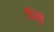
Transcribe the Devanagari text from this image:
प्रिष्ठ्